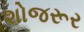
શોજરૂર